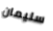
سليمان